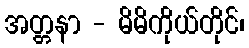
အတ္တနာ - မိမိကိုယ်တိုင်၊